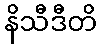
နိသီဒီတိ